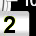
Digit: 2